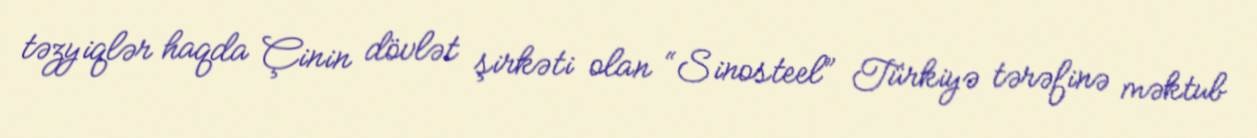
təzyiqlər haqda Çinin dövlət şirkəti olan “Sinosteel” Türkiyə tərəfinə məktub